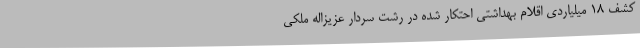
کشف 18 میلیاردی اقلام بهداشتی احتکار شده در رشت سردار عزیزاله ملکی